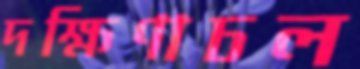
দক্ষিণাচল